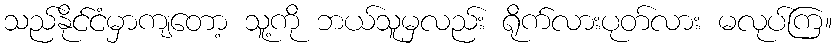
သည်နိုင်ငံမှာကျတော့ သူ့ကို ဘယ်သူမှလည်း ရိုက်လားပုတ်လား မလုပ်ကြ။